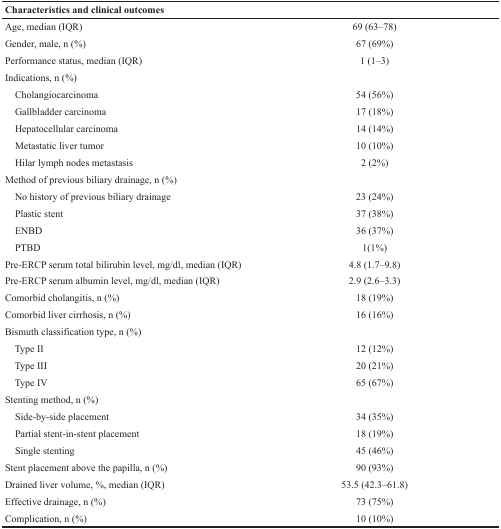
<table><thead><tr><td colspan="2"><b>Characteristics and clinical outcomes</b></td></tr></thead><tbody><tr><td>Age, median (IQR)</td><td>69 (63–78)</td></tr><tr><td>Gender, male, n (%)</td><td>67 (69%)</td></tr><tr><td>Performance status, median (IQR)</td><td>1 (1–3)</td></tr><tr><td>Indications, n (%)</td><td></td></tr><tr><td> Cholangiocarcinoma</td><td>54 (56%)</td></tr><tr><td> Gallbladder carcinoma</td><td>17 (18%)</td></tr><tr><td> Hepatocellular carcinoma</td><td>14 (14%)</td></tr><tr><td> Metastatic liver tumor</td><td>10 (10%)</td></tr><tr><td> Hilar lymph nodes metastasis</td><td>2 (2%)</td></tr><tr><td>Method of previous biliary drainage, n (%)</td><td></td></tr><tr><td> No history of previous biliary drainage</td><td>23 (24%)</td></tr><tr><td> Plastic stent</td><td>37 (38%)</td></tr><tr><td> ENBD</td><td>36 (37%)</td></tr><tr><td> PTBD</td><td>1(1%)</td></tr><tr><td>Pre-ERCP serum total bilirubin level, mg/dl, median (IQR)</td><td>4.8 (1.7–9.8)</td></tr><tr><td>Pre-ERCP serum albumin level, mg/dl, median (IQR)</td><td>2.9 (2.6–3.3)</td></tr><tr><td>Comorbid cholangitis, n (%)</td><td>18 (19%)</td></tr><tr><td>Comorbid liver cirrhosis, n (%)</td><td>16 (16%)</td></tr><tr><td>Bismuth classification type, n (%)</td><td></td></tr><tr><td> Type II</td><td>12 (12%)</td></tr><tr><td> Type III</td><td>20 (21%)</td></tr><tr><td> Type IV</td><td>65 (67%)</td></tr><tr><td>Stenting method, n (%)</td><td></td></tr><tr><td> Side-by-side placement</td><td>34 (35%)</td></tr><tr><td> Partial stent-in-stent placement</td><td>18 (19%)</td></tr><tr><td> Single stenting</td><td>45 (46%)</td></tr><tr><td>Stent placement above the papilla, n (%)</td><td>90 (93%)</td></tr><tr><td>Drained liver volume, %, median (IQR)</td><td>53.5 (42.3–61.8)</td></tr><tr><td>Effective drainage, n (%)</td><td>73 (75%)</td></tr><tr><td>Complication, n (%)</td><td>10 (10%)</td></tr></tbody></table>